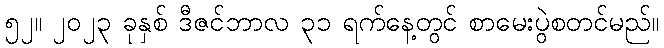
၅၂။ ၂၀၂၃ ခုနှစ် ဒီဇင်ဘာလ ၃၁ ရက်နေ့တွင် စာမေးပွဲစတင်မည်။